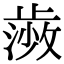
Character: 𭭰